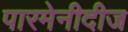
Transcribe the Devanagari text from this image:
पारमेनीदीज